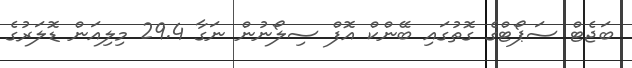
ބަޖެޓް ސަޕޯޓްގެ ގޮތުގައި ބޭންކް އޮފް ސިލޯނުން ނަގާ 29.4 މިލިއަން ޑޮލަރުގެ